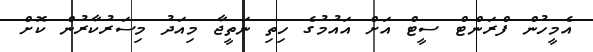
އެމީހުން ފްރަންޓް ސީޓް އަށް އައުމުގެ ހިތި ނަތީޖާ މިއަދު މިސަރުކާރުން ކޮށް